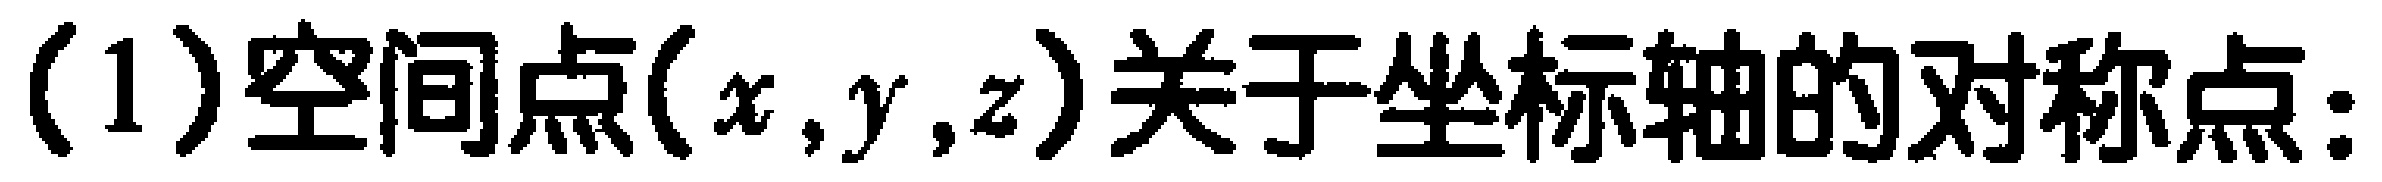
(1)空间点\((x,y,z)\)关于坐标轴的对称点：